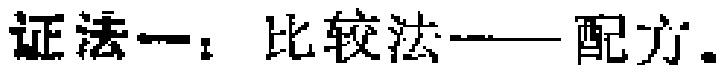
证法一：比较法——配方。